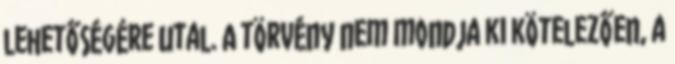
lehetőségére utal. A törvény nem mondja ki kötelezően, a